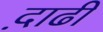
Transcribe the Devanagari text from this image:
द़ाढी